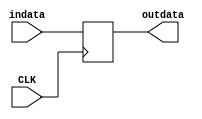
`timescale 1ns / 1ps
//////////////////////////////////////////////////////////////////////////////////
// Company: 
// Engineer: 
// 
// Design Name: 
// Module Name: DR
// Project Name: 
// Target Devices: 
// Tool Versions: 
// Description: 
// 
// Dependencies: 
// 
// Revision:
// Revision 0.01 - File Created
// Additional Comments:
// 
//////////////////////////////////////////////////////////////////////////////////

module DR(CLK,indata,outdata);
       input  CLK;
       input  [31:0] indata;
       output reg [31:0] outdata;
       
       always @ (posedge CLK) begin
              outdata<=indata;
       end
       
endmodule